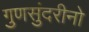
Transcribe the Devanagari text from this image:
गुणसुंदरीनो